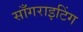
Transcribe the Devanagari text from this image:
साँगराइटिंग